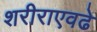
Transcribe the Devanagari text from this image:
शरीराएवढे